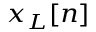
\scriptstyle x _ { L } [ n ]